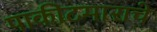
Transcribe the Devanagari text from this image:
पाकीटमाराचे